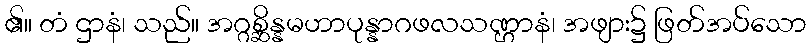
၏။ တံ ဌာနံ၊ သည်။ အဂ္ဂစ္ဆိန္နမဟာပုန္နာဂဖလသဏ္ဌာနံ၊ အဖျား၌ ဖြတ်အပ်သော